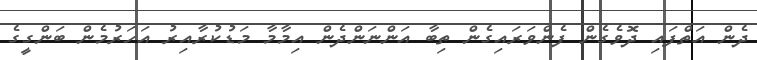
ދެން އަތްފައި ދޮވެގެން ފެންވަރައިގެން ތިބާ އަންނަންދެން އިމާމާ މަޑުކުރާއިރު އަހަރުމެން ބަންގީގެ